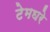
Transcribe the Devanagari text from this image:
टेमघरे